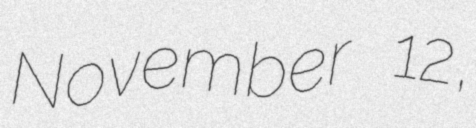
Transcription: November 12,